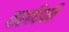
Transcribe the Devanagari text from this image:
वाराधिपति